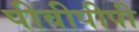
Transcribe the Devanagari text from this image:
पीवीपीपी